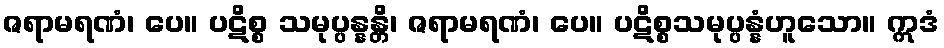
ဇရာမရဏံ၊ ပေ။ ပဋိစ္စ သမုပ္ပန္နန္တိ၊ ဇရာမရဏံ၊ ပေ။ ပဋိစ္စသမုပ္ပန္နံဟူသော။ ဣဒံ